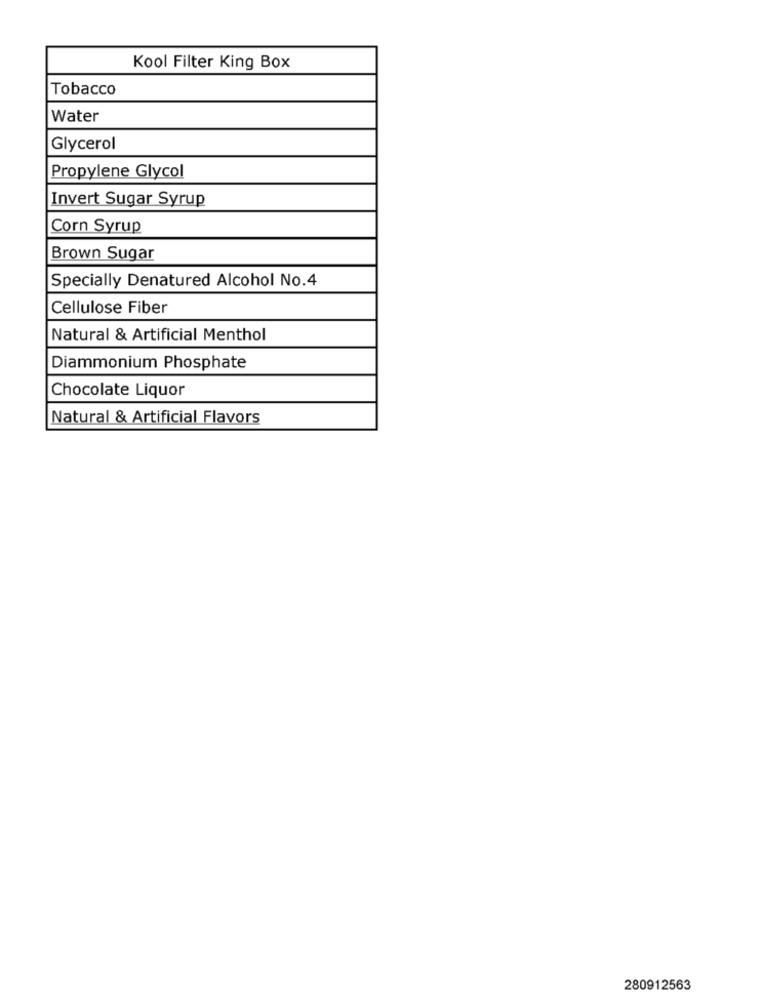
Kool Filter King Box
Tobacco
Water
Glycerol
Propylene Glycol
Invert Sugar Syrup
Corn Syrup
Brown Sugar
Specially Denatured Alcohol No.4
Cellulose Fiber
Natural & Artificial Menthol
Diammonium Phosphate
Chocolate Liquor
Natural & Artificial Flavors
280912563